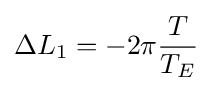
\Delta L_{1}=-2\pi {\frac {T}{T_{E}}}